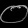
Digit: ၀